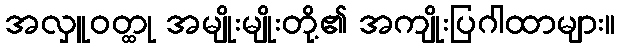
အလှူဝတ္ထု အမျိုးမျိုးတို့၏ အကျိုးပြဂါထာများ။